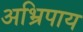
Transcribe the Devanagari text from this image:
अभ्रिपाय